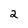
Character: 2